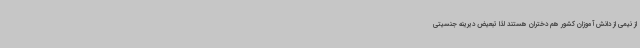
از نیمی از دانش آموزان کشور هم دختران هستند لذا تبعیض دیرینه جنسیتی